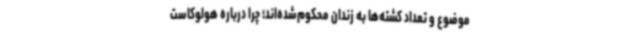
موضوع و تعداد کشته‌ها به زندان محکوم‌شده‌اند؛ چرا درباره هولوکاست